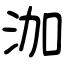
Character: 泇